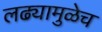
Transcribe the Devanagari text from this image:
लढ्यामुळेच